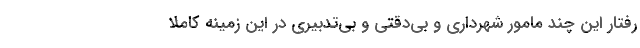
رفتار این چند مامور شهرداری و بی‌دقتی و بی‌تدبیری در این زمینه کاملا